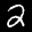
Label: 2